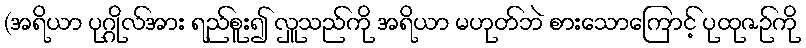
(အရိယာ ပုဂ္ဂိုလ်အား ရည်စူး၍ လှူသည်ကို အရိယာ မဟုတ်ဘဲ စားသောကြောင့် ပုထုဇဉ်ကို